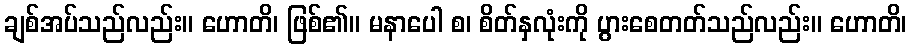
ချစ်အပ်သည်လည်း။ ဟောတိ၊ ဖြစ်၏။ မနာပေါ စ၊ စိတ်နှလုံးကို ပွားစေတတ်သည်လည်း။ ဟောတိ၊